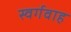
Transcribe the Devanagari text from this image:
स्वर्गवाह